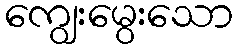
ကျွေးမွေးသော